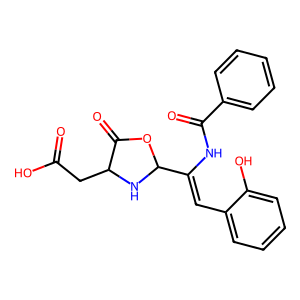
SMILES: O=C(O)CC1NC(C(=Cc2ccccc2O)NC(=O)c2ccccc2)OC1=O
Inhibits HIV replication: No